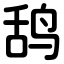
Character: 鸹